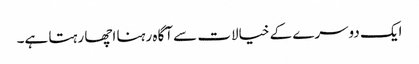
ایک دوسرے کے خیالات سے آگاہ رہنا اچھا رہتا ہے۔